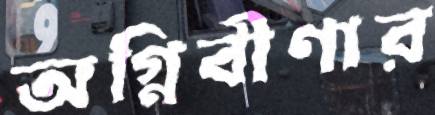
অগ্নিবীণার